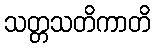
သတ္တသတိကာတိ